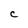
Character: C